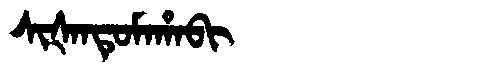
Manchu: ᠰᡳᡧᠠᠨᡨᡠᠮᠠᡥᠠᠪᡳ
Romanization: SIŠANTUMAHABI